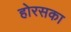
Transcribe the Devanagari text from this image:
होरसका